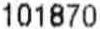
101870